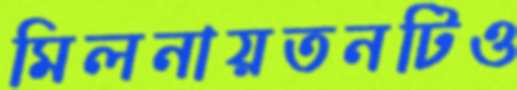
মিলনায়তনটিও